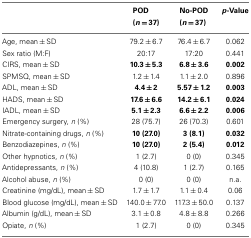
<table><thead><tr><td></td><td><b>POD (<i>n</i> = 37)</b></td><td><b>No-POD (<i>n</i> = 37)</b></td><td><b><i>p</i>-Value</b></td></tr></thead><tbody><tr><td>Age, mean ± SD</td><td>79.2 ± 6.7</td><td>76.4 ± 6.7</td><td>0.062</td></tr><tr><td>Sex ratio (M:F)</td><td>20:17</td><td>17:20</td><td>0.441</td></tr><tr><td>CIRS, mean ± SD</td><td><b>10.3 ± 5.3</b></td><td><b>6.8 ± 3.6</b></td><td><b>0.002</b></td></tr><tr><td>SPMSQ, mean ± SD</td><td>1.2 ± 1.4</td><td>1.1 ± 2.0</td><td>0.896</td></tr><tr><td>ADL, mean ± SD</td><td><b>4.4 ± 2</b></td><td><b>5.57 ± 1.2</b></td><td><b>0.003</b></td></tr><tr><td>HADS, mean ± SD</td><td><b>17.6 ± 6.6</b></td><td><b>14.2 ± 6.1</b></td><td><b>0.024</b></td></tr><tr><td>IADL, mean ± SD</td><td><b>5.1 ± 2.3</b></td><td><b>6.6 ± 2.2</b></td><td><b>0.006</b></td></tr><tr><td>Emergency surgery, <i>n</i> (%)</td><td>28 (75.7)</td><td>26 (70.3)</td><td>0.601</td></tr><tr><td>Nitrate-containing drugs, <i>n</i> (%)</td><td><b>10 (27.0)</b></td><td><b>3 (8.1)</b></td><td><b>0.032</b></td></tr><tr><td>Benzodiazepines, <i>n</i> (%)</td><td><b>10 (27.0)</b></td><td><b>2 (5.4)</b></td><td><b>0.012</b></td></tr><tr><td>Other hypnotics, <i>n</i> (%)</td><td>1 (2.7)</td><td>0 (0)</td><td>0.345</td></tr><tr><td>Antidepressants, <i>n</i> (%)</td><td>4 (10.8)</td><td>1 (2.7)</td><td>0.165</td></tr><tr><td>Alcohol abuse, <i>n</i> (%)</td><td>0 (0)</td><td>0 (0)</td><td>n.a.</td></tr><tr><td>Creatinine (mg/dL), mean ± SD</td><td>1.7 ± 1.7</td><td>1.1 ± 0.4</td><td>0.06</td></tr><tr><td>Blood glucose (mg/dL), mean ± SD</td><td>140.0 ± 77.0</td><td>117.3 ± 50.0</td><td>0.137</td></tr><tr><td>Albumin (g/dL), mean ± SD</td><td>3.1 ± 0.8</td><td>4.8 ± 8.8</td><td>0.266</td></tr><tr><td>Opiate, <i>n</i> (%)</td><td>1 (2.7)</td><td>0 (0)</td><td>0.345</td></tr></tbody></table>